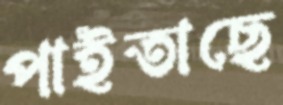
পাইতাছে